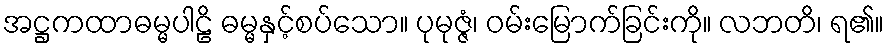
အဋ္ဌကထာဓမ္မပါဠိ ဓမ္မနှင့်စပ်သော။ ပုမုဇ္ဇံ၊ ဝမ်းမြောက်ခြင်းကို။ လဘတိ၊ ရ၏။